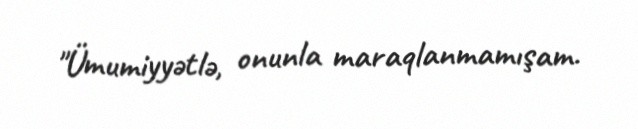
"Ümumiyyətlə, onunla maraqlanmamışam.